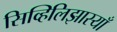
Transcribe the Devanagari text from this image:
सिव्हिलिझास्याँ